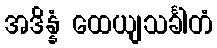
အဒိန္နံ ထေယျသင်္ခါတံ